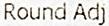
ROUND ADJ